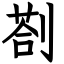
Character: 剳